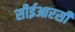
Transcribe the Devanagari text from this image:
सीईआरसी